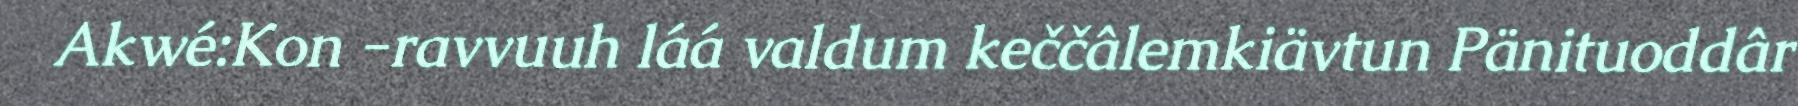
Akwé:Kon -ravvuuh láá valdum keččâlemkiävtun Pänituoddâr